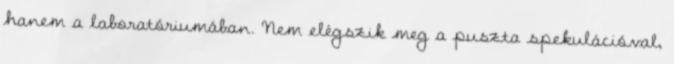
hanem a laboratóriumában. Nem elégszik meg a puszta spekulációval,